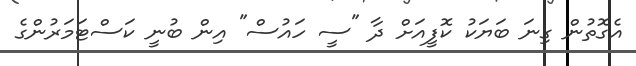
އެގޮތުން ގިނަ ބަޔަކު ކޮފީއަށް ދާ "ސީ ހައުސް" އިން ބުނީ ކަސްޓަމަރުންގެ